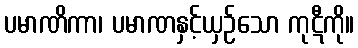
ပမာဏိကာ၊ ပမာဏနှင့်ယှဉ်သော ကုဋီကို။